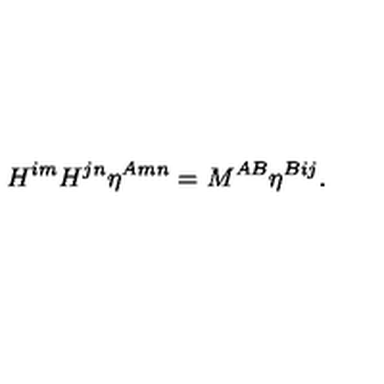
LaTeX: H ^ { i m } H ^ { j n } \eta ^ { A m n } = { M } ^ { A B } \eta ^ { B i j } .